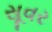
સૂવર